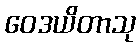
ဝေဒယိတာသု